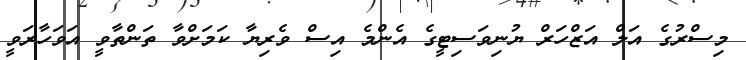
މިސްރުގެ އަލް އަޒްހަރް ޔުނިވަސިޓީގެ އެންމެ އިސް ވެރިޔާ ކަމަށްވާ ތަންތާވީ އަވަހާރަވީ